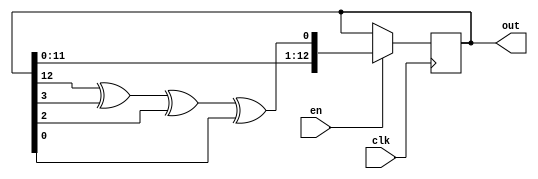
module LFSR(
    output [12:0] out,  // output of the counter
    input  en,   // enable for counter
    input  clk
    );

    //------------Internal Variables--------
    reg  [12:0] register;
    wire linear_feedback;

    initial begin
        register = {1'b1, 12'hCAB};
    end

    //-------------Code Starts Here-------
    assign linear_feedback = 
        ((register[12] ^ register[3]) ^ register[2]) ^ register[0];

    always @(posedge clk)
        if (en) begin
            register <= { register[11],
                        register[10], register[9],
                        register[8],  register[7],
                        register[6],  register[5],
                        register[4],  register[3],
                        register[2],  register[1],
                        register[0],  linear_feedback};
    end

    assign out = register;

endmodule